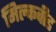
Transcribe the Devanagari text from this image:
मिल्कवीड